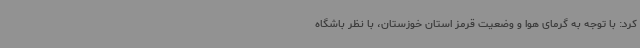
کرد: با توجه به گرمای هوا و وضعیت قرمز استان خوزستان، با نظر باشگاه